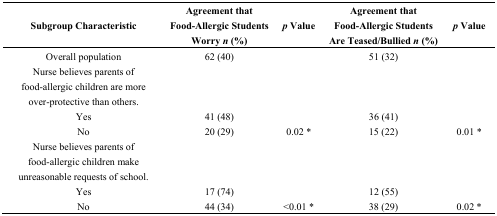
<table><thead><tr><td><b>Subgroup Characteristic</b></td><td><b>Agreement that Food-Allergic Students Worry <i>n</i> (%)</b></td><td><b><i>p</i> Value</b></td><td><b>Agreement that Food-Allergic Students Are Teased/Bullied <i>n</i> (%)</b></td><td><b><i>p</i> Value</b></td></tr></thead><tbody><tr><td>Overall population</td><td>62 (40)</td><td></td><td>51 (32)</td><td></td></tr><tr><td>Nurse believes parents of food-allergic children are more over-protective than others.</td><td></td><td></td><td></td><td></td></tr><tr><td>Yes</td><td>41 (48)</td><td></td><td>36 (41)</td><td></td></tr><tr><td>No</td><td>20 (29)</td><td>0.02 *</td><td>15 (22)</td><td>0.01 *</td></tr><tr><td>Nurse believes parents of food-allergic children make unreasonable requests of school.</td><td></td><td></td><td></td><td></td></tr><tr><td>Yes</td><td>17 (74)</td><td></td><td>12 (55)</td><td></td></tr><tr><td>No</td><td>44 (34)</td><td>&lt;0.01 *</td><td>38 (29)</td><td>0.02 *</td></tr></tbody></table>